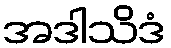
အဒါသိဒံ